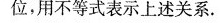
位，用不等式表示上述关系。